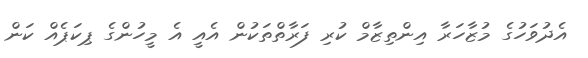
އެދުވަހުގެ މުޒާހަރާ އިންތިޒާމް ކުރި ފަރާތްތަކުން އެއީ އެ މީހުންގެ ޕިކަޕެއް ކަން